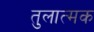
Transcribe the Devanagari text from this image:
तुलात्मक